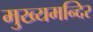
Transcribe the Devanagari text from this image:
मुख्यमन्दिर